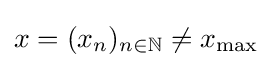
x=(x_{n})_{n\in \mathbb {N} }\neq x_{\max }